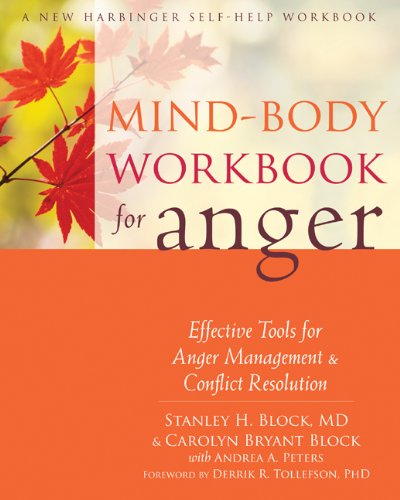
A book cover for Mind-Body Workbook for Anger: Effective Tools for Anger Management and Conflict Resolution; Stanley H. Block MD; Self-Help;